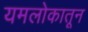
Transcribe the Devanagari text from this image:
यमलोकातून